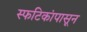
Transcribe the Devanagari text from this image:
स्फटिकांपासून